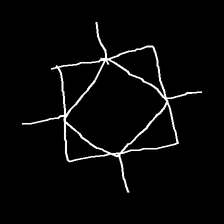
Glyph: light